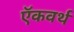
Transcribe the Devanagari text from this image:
ऍकवर्थ